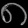
Digit: ၈